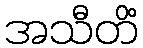
အသီတိံ